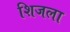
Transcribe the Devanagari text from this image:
शिजला